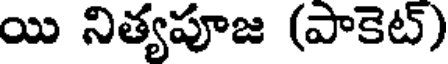
యి నిత్యపూజ (పాకెట్)